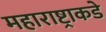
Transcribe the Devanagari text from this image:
महाराष्ट्राकडे